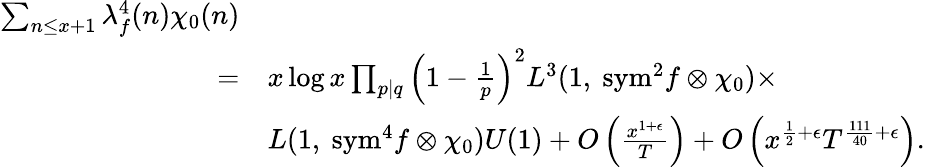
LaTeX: \begin{array}{rl}{\sum_{n\leq x+1}\lambda_{f}^{4}(n)\chi_{0}(n)}\\ {=}&{x\log x\prod_{p\mid q}\left(1-\frac{1}{p}\right)^{2}L^{3}(1,\ \mathrm{{sym}}^{2}f\otimes\chi_{0})\times}\\ &{L(1,\ {\mathrm{sym}}^{4}f\otimes\chi_{0})U(1)+O\left(\frac{x^{1+\epsilon}}{T}\right)+O\left(x^{\frac{1}{2}+\epsilon}T^{\frac{111}{40}+\epsilon}\right).}\end{array}